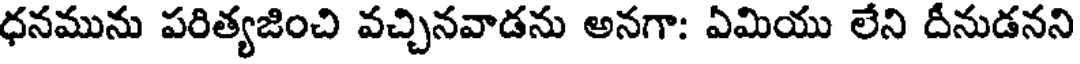
ధనమును పరిత్యజించి వచ్చినవాడను అనగా: ఏమియు లేని దీనుడనని